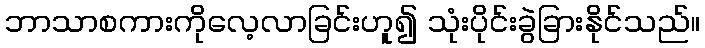
ဘာသာစကားကိုလေ့လာခြင်းဟူ၍ သုံးပိုင်းခွဲခြားနိုင်သည်။